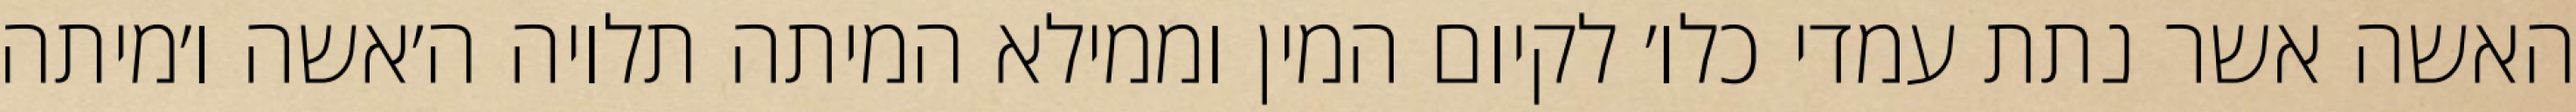
האשה אשר נתת עמדי כלו׳ לקיום המין וממילא המיתה תלויה ה׳אשה ו׳מיתה